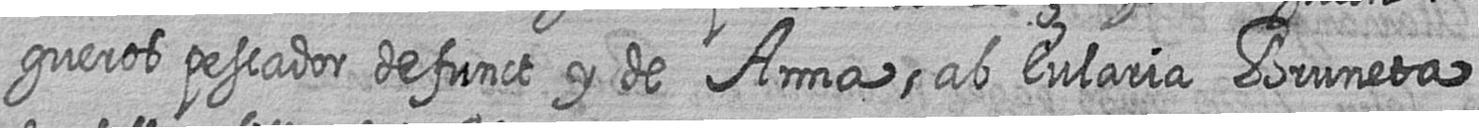
gueros pescador defunct y de Anna ab Eularia Bruneta